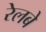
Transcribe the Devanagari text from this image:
रेलबे